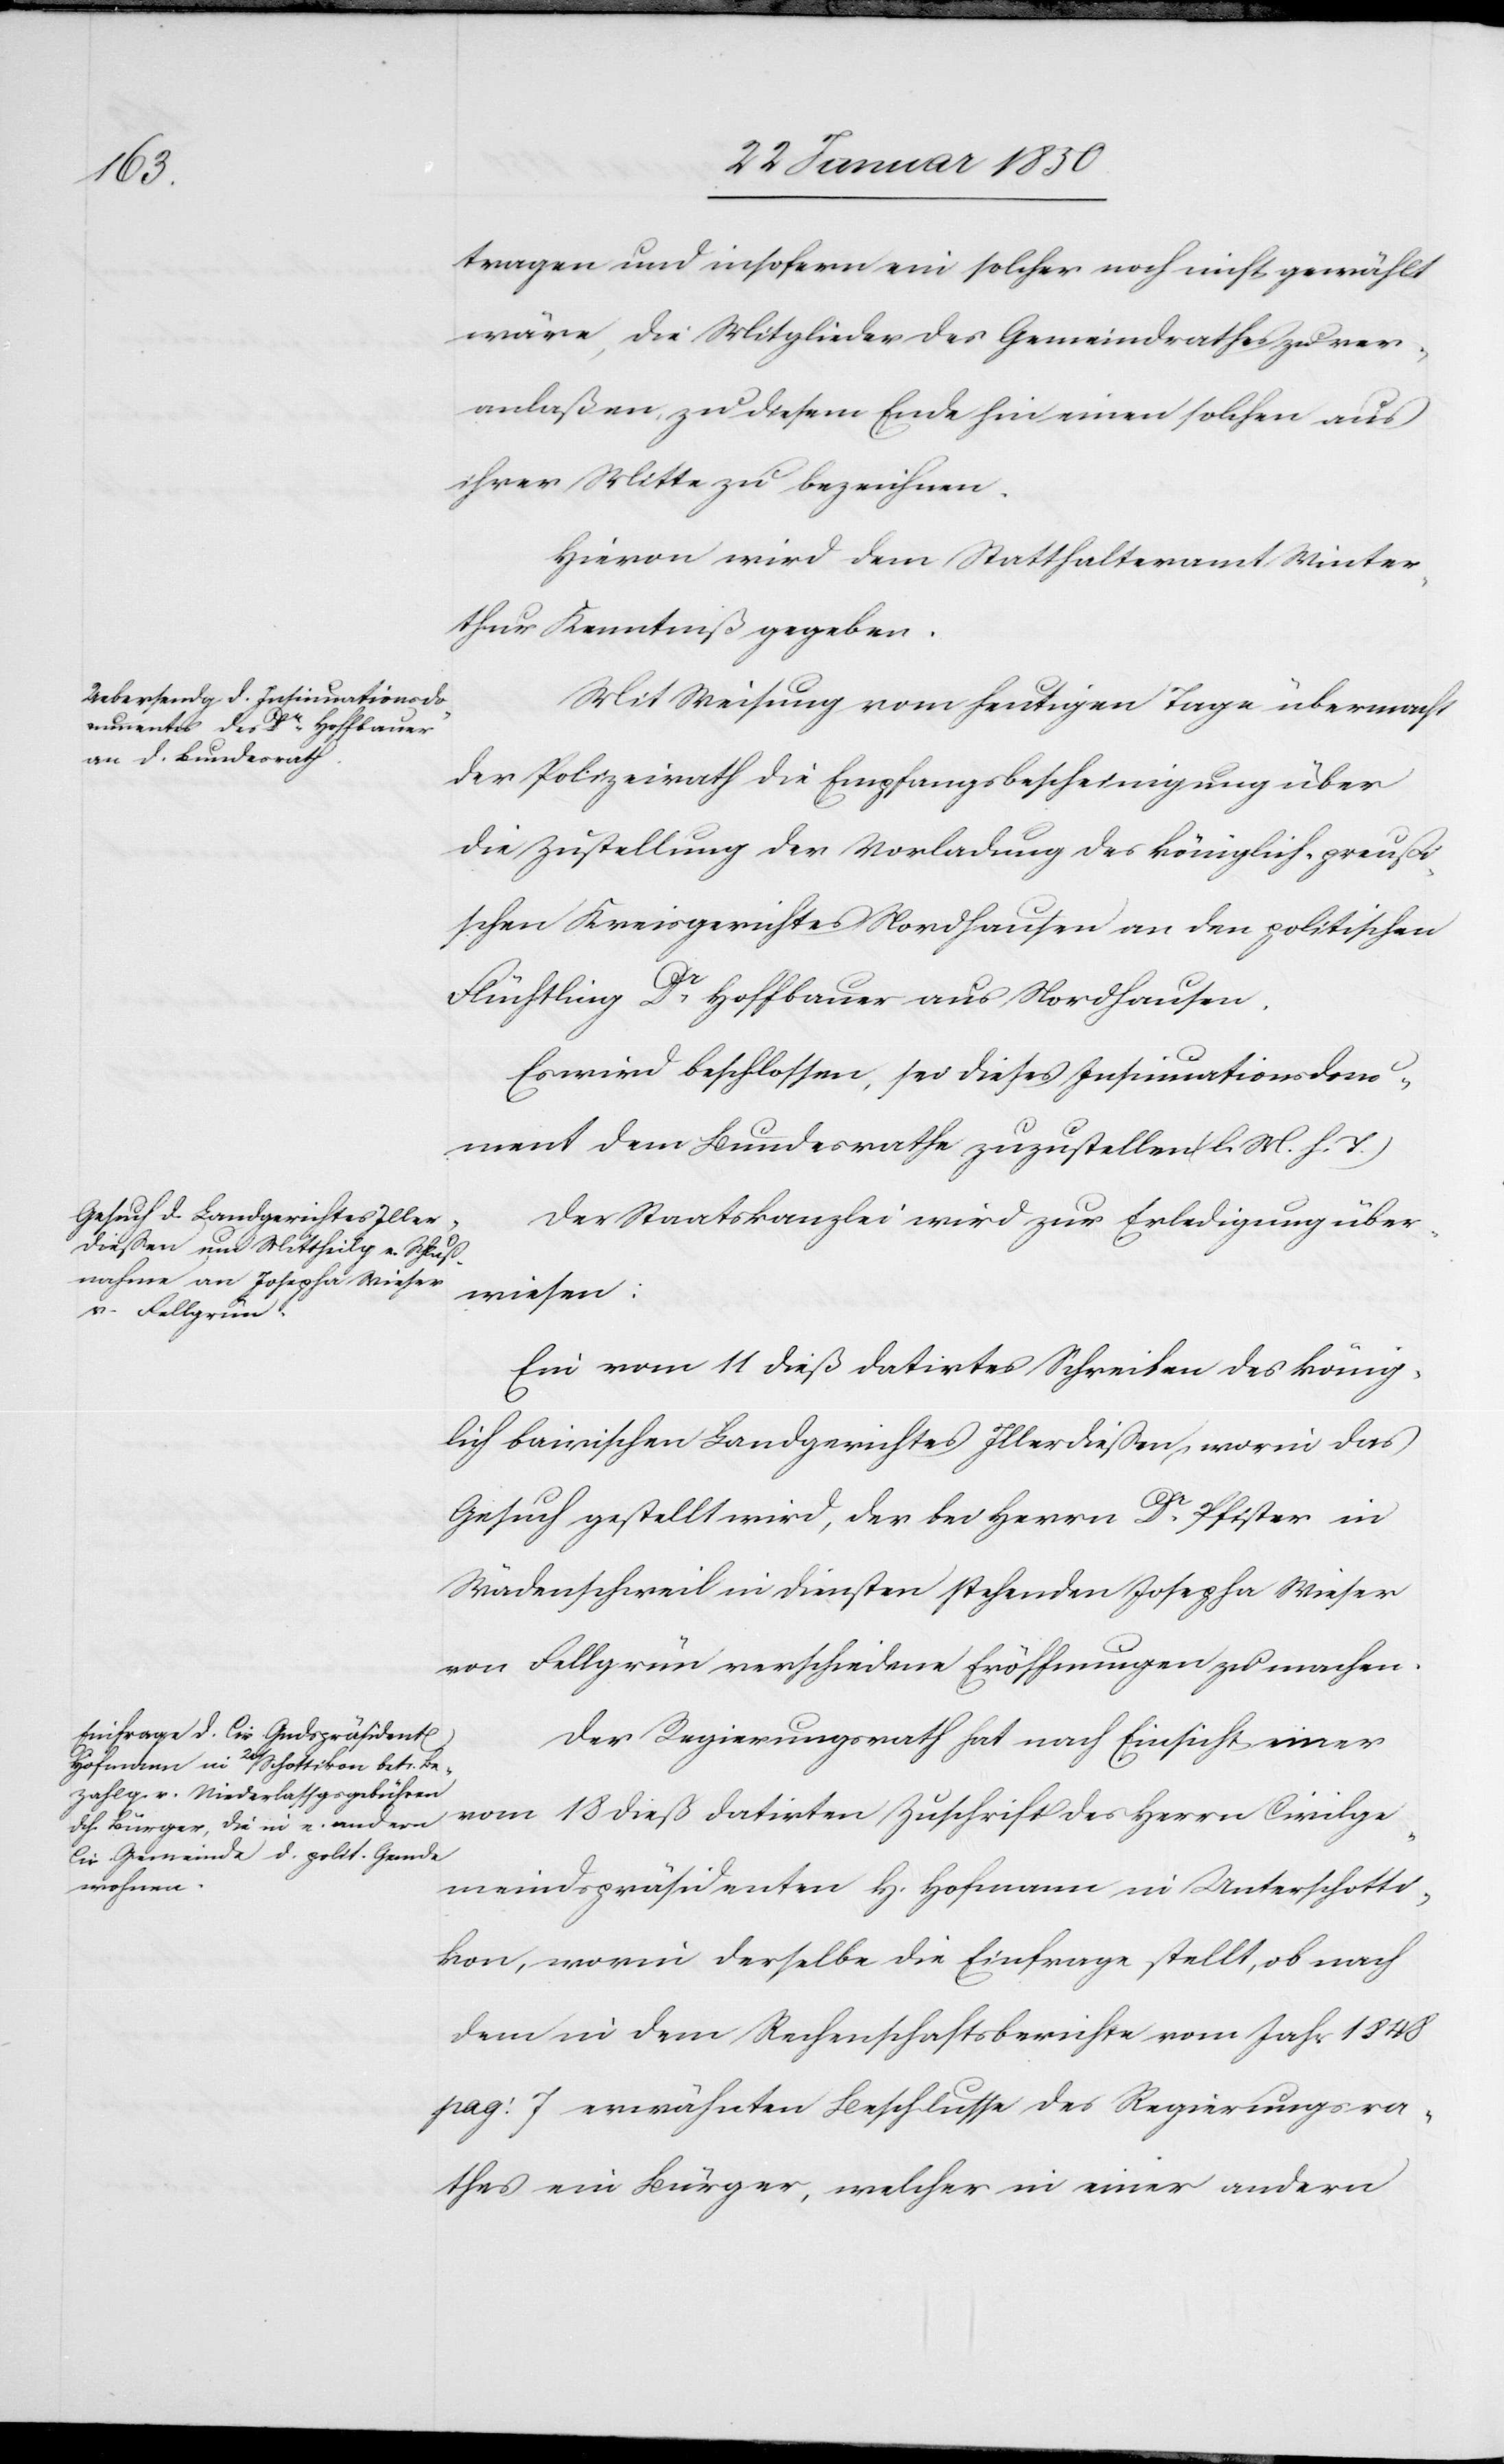
tragen und insofern ein solcher noch nicht gewählt
wäre, die Mitglieder des Gemeindrathes zu ver¬
anlaßen, zu diesem Ende hin einen solchen aus
ihrer Mitte zu bezeichnen.
Hievon wird dem Statthalteramt Winter¬
thur Kenntniß gegeben.
Mit Weisung vom heutigen Tage übermacht
der Polizeirath die Empfangsbescheinigung über
die Zustellung der Vorladung des königlich-preußi¬
schen Kreisgerichtes Nordhausen an den politischen
Flüchtling Dr Hoffbauer aus Nordhausen.
Es wird beschlossen, sei dieses Insinuationsdocu¬
ment dem Bundesrathe zuzustellen (l. M. h. T.)
Der Staatskanzlei wird zur Erledigung über¬
wiesen:
Ein vom 11 dieß datirtes Schreiben des könig¬
lich bairischen Landgerichtes Illerdießen, worin das
Gesuch gestellt wird, der bei Herrn Dr Pfister in
Wädenschweil in Diensten stehenden Josepha Wieser
von Fellgrün verschiedene Eröffnungen zu machen.
Der Regierungsrath hat nach Einsicht einer
vom 18 dieß datirten Zuschrift des Herrn Civilge¬
meindspräsidenten H. Hofmann in Unterschotti¬
kon, worin derselbe die Einfrage stellt, ob nach
dem in dem Rechenschaftsberichte vom Jahr 1848
pag: 7 erwähnten Beschlusse des Regierungsra¬
thes ein Bürger, welcher in einer andern